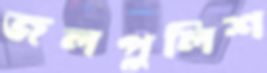
জলপুলিশ